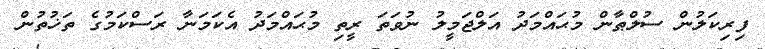
ފިރިކަލުން ސުލްޠާން މުޙައްމަދު އަލްޖަމީލު ނުވަތަ ރީތި މުޙައްމަދު އެކަމަނާ ރަސްކަމުގެ ތަޚުތުން